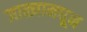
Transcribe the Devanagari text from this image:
जाळ्यामधून